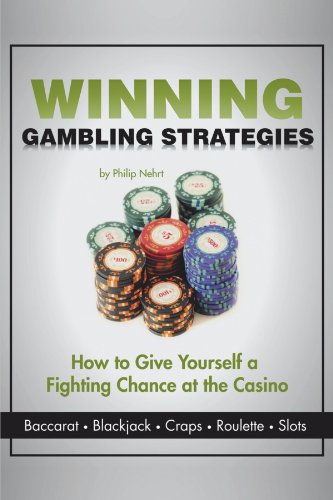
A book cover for Winning Gambling Strategies: How to Give Yourself a Fighting Chance at the Casino; Philip Nehrt; Health, Fitness & Dieting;